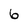
Character: 6